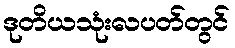
ဒုတိယသုံးလပတ်တွင်